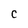
Character: C